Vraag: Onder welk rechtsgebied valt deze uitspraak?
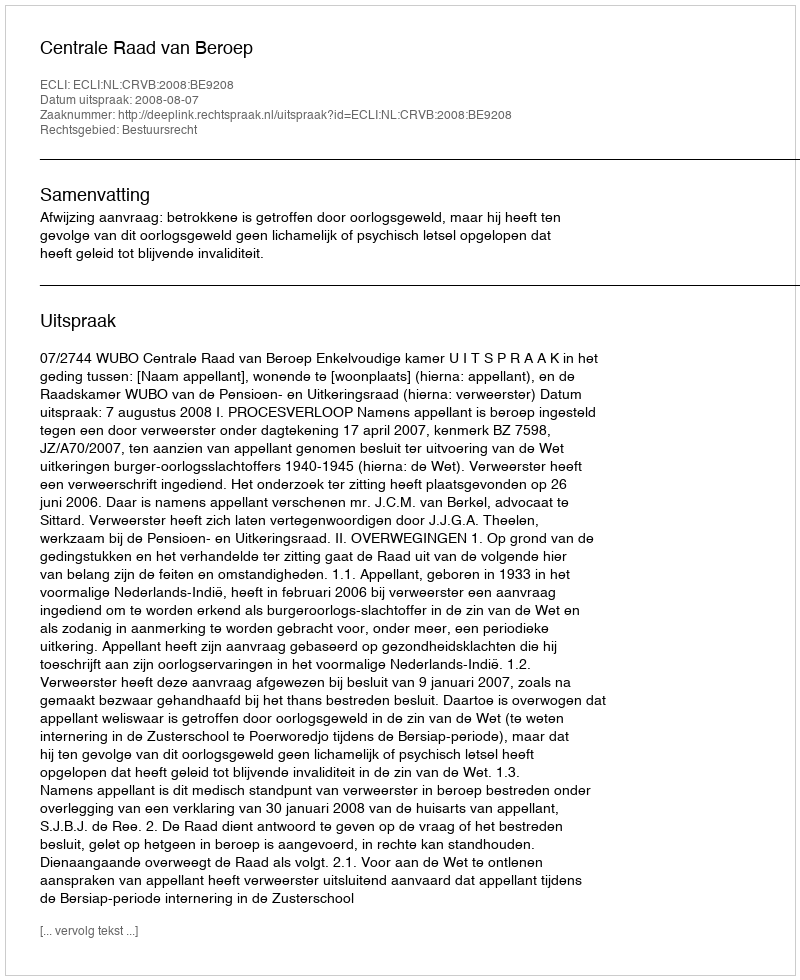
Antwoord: Bestuursrecht